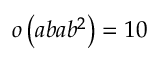
o \left( a b a b ^ { 2 } \right) = 1 0